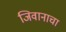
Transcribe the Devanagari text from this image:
जिवानाचा